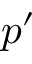
p ^ { \prime }